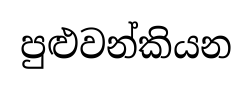
පුළුවන්කියන